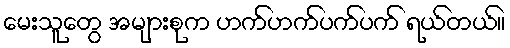
မေးသူတွေ အများစုက ဟက်ဟက်ပက်ပက် ရယ်တယ်။